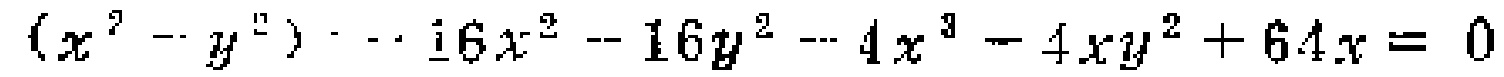
\((x^{2}-y^{2}) - 16x^{2}-16y^{2}-4x^{3}-4xy^{2}+64x = 0\)